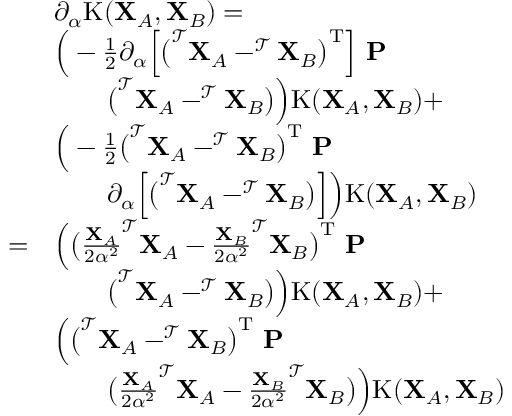
\begin{array} { r l } & { \partial _ { \alpha } \mathrm { K } ( \mathbf { X } _ { A } , \mathbf { X } _ { B } ) = } \\ & { \Big ( - \frac { 1 } { 2 } \partial _ { \alpha } \Big [ \big ( ^ { \mathcal { T } } \mathbf { X } _ { A } - ^ { \mathcal { T } } \mathbf { X } _ { B } \big ) ^ { \mathrm { T } } \Big ] \ \mathbf { P } } \\ & { \qquad \big ( ^ { \mathcal { T } } \mathbf { X } _ { A } - ^ { \mathcal { T } } \mathbf { X } _ { B } \big ) \Big ) \mathrm { K } ( \mathbf { X } _ { A } , \mathbf { X } _ { B } ) + } \\ & { \Big ( - \frac { 1 } { 2 } \big ( ^ { \mathcal { T } } \mathbf { X } _ { A } - ^ { \mathcal { T } } \mathbf { X } _ { B } \big ) ^ { \mathrm { T } } \ \mathbf { P } } \\ & { \qquad \partial _ { \alpha } \Big [ \big ( ^ { \mathcal { T } } \mathbf { X } _ { A } - ^ { \mathcal { T } } \mathbf { X } _ { B } \big ) \Big ] \Big ) \mathrm { K } ( \mathbf { X } _ { A } , \mathbf { X } _ { B } ) } \\ { = } & { \Big ( \big ( \frac { \mathbf { X } _ { A } } { 2 \alpha ^ { 2 } } ^ { \mathcal { T } } \mathbf { X } _ { A } - \frac { \mathbf { X } _ { B } } { 2 \alpha ^ { 2 } } ^ { \mathcal { T } } \mathbf { X } _ { B } \big ) ^ { \mathrm { T } } \ \mathbf { P } } \\ & { \qquad \big ( ^ { \mathcal { T } } \mathbf { X } _ { A } - ^ { \mathcal { T } } \mathbf { X } _ { B } \big ) \Big ) \mathrm { K } ( \mathbf { X } _ { A } , \mathbf { X } _ { B } ) + } \\ & { \Big ( \big ( ^ { \mathcal { T } } \mathbf { X } _ { A } - ^ { \mathcal { T } } \mathbf { X } _ { B } \big ) ^ { \mathrm { T } } \ \mathbf { P } } \\ & { \qquad \big ( \frac { \mathbf { X } _ { A } } { 2 \alpha ^ { 2 } } ^ { \mathcal { T } } \mathbf { X } _ { A } - \frac { \mathbf { X } _ { B } } { 2 \alpha ^ { 2 } } ^ { \mathcal { T } } \mathbf { X } _ { B } \big ) \Big ) \mathrm { K } ( \mathbf { X } _ { A } , \mathbf { X } _ { B } ) } \end{array}